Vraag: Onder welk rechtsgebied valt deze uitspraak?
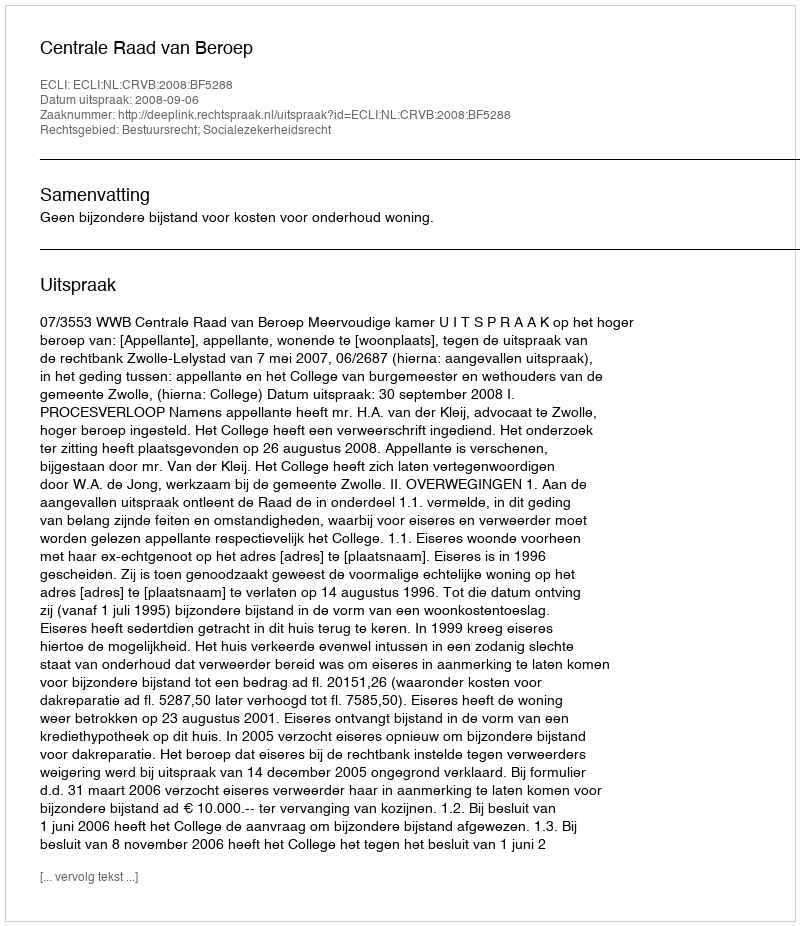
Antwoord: Bestuursrecht; Socialezekerheidsrecht